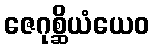
ဇေဂုစ္ဆိယံယေဝ